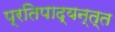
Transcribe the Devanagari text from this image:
प्रतिपाद्यन्त्त